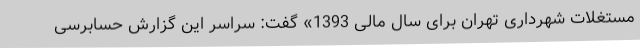
مستغلات شهرداری تهران برای سال مالی 1393» گفت: سراسر این گزارش حسابرسی